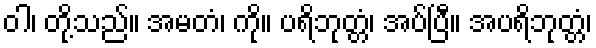
ဝါ၊ တို့သည်။ အမတံ၊ ကို။ ပရိဘုတ္တံ၊ အပ်ပြီ။ အပရိဘုတ္တံ၊